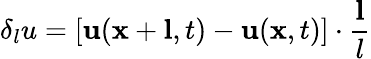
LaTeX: \delta_{l}u=\left[\mathbf{u}(\mathbf{x}+\mathbf{l},t)-\mathbf{u}(\mathbf{x},t)\right]\cdot\frac{\mathbf{l}}{l}